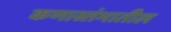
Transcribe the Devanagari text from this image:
कणास्तंभातील